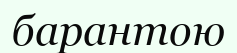
барантою